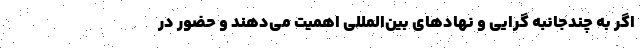
اگر به چندجانبه گرایی و نهادهای بین‌المللی اهمیت می‌دهند و حضور در